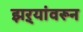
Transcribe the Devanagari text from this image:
झऱ्यांवरून